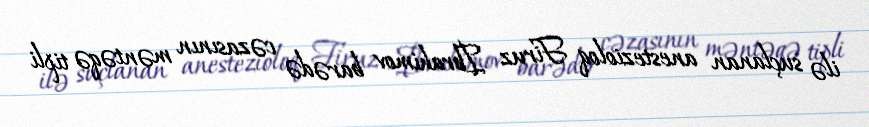
ilə suçlanan anestezioloq Firuz İbrahimov barədə cəzasının məntəqə tipli